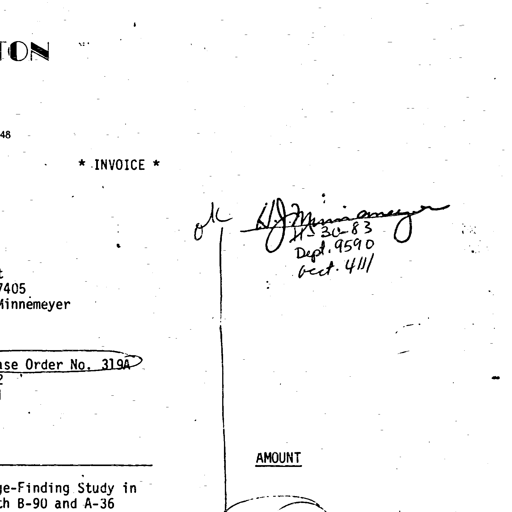
TON
48
* INVOICE *
ok H J Minnimeyer
11-30-83
Dept. 9590
Acct. 4111
7405
Minnemeyer
se Order No. 319A
AMOUNT
e-Finding Study in
h B-90 and A-36